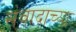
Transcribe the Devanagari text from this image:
संवादाच्या